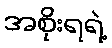
အစိုးရရဲ့